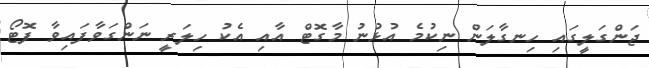
ޖަންގަލީގައި ހިނގާލަން ނިކުމެ އުޅުނު މާގޮޓް އާއި އެކު ހިލަރީ ނަންގަވާފައިވާ ފޮޓޯ